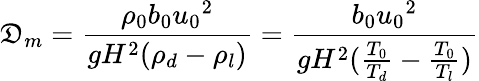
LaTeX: \mathfrak{D}_{m}=\frac{{\rho_{0}b_{0}{u_{0}}^{2}}}{{gH^{2}(\rho_{d}-\rho_{l})}}=\frac{{b_{0}{u_{0}}^{2}}}{{gH^{2}(\frac{{T_{0}}}{{T_{d}}}-\frac{{T_{0}}}{{T_{l}}})}}